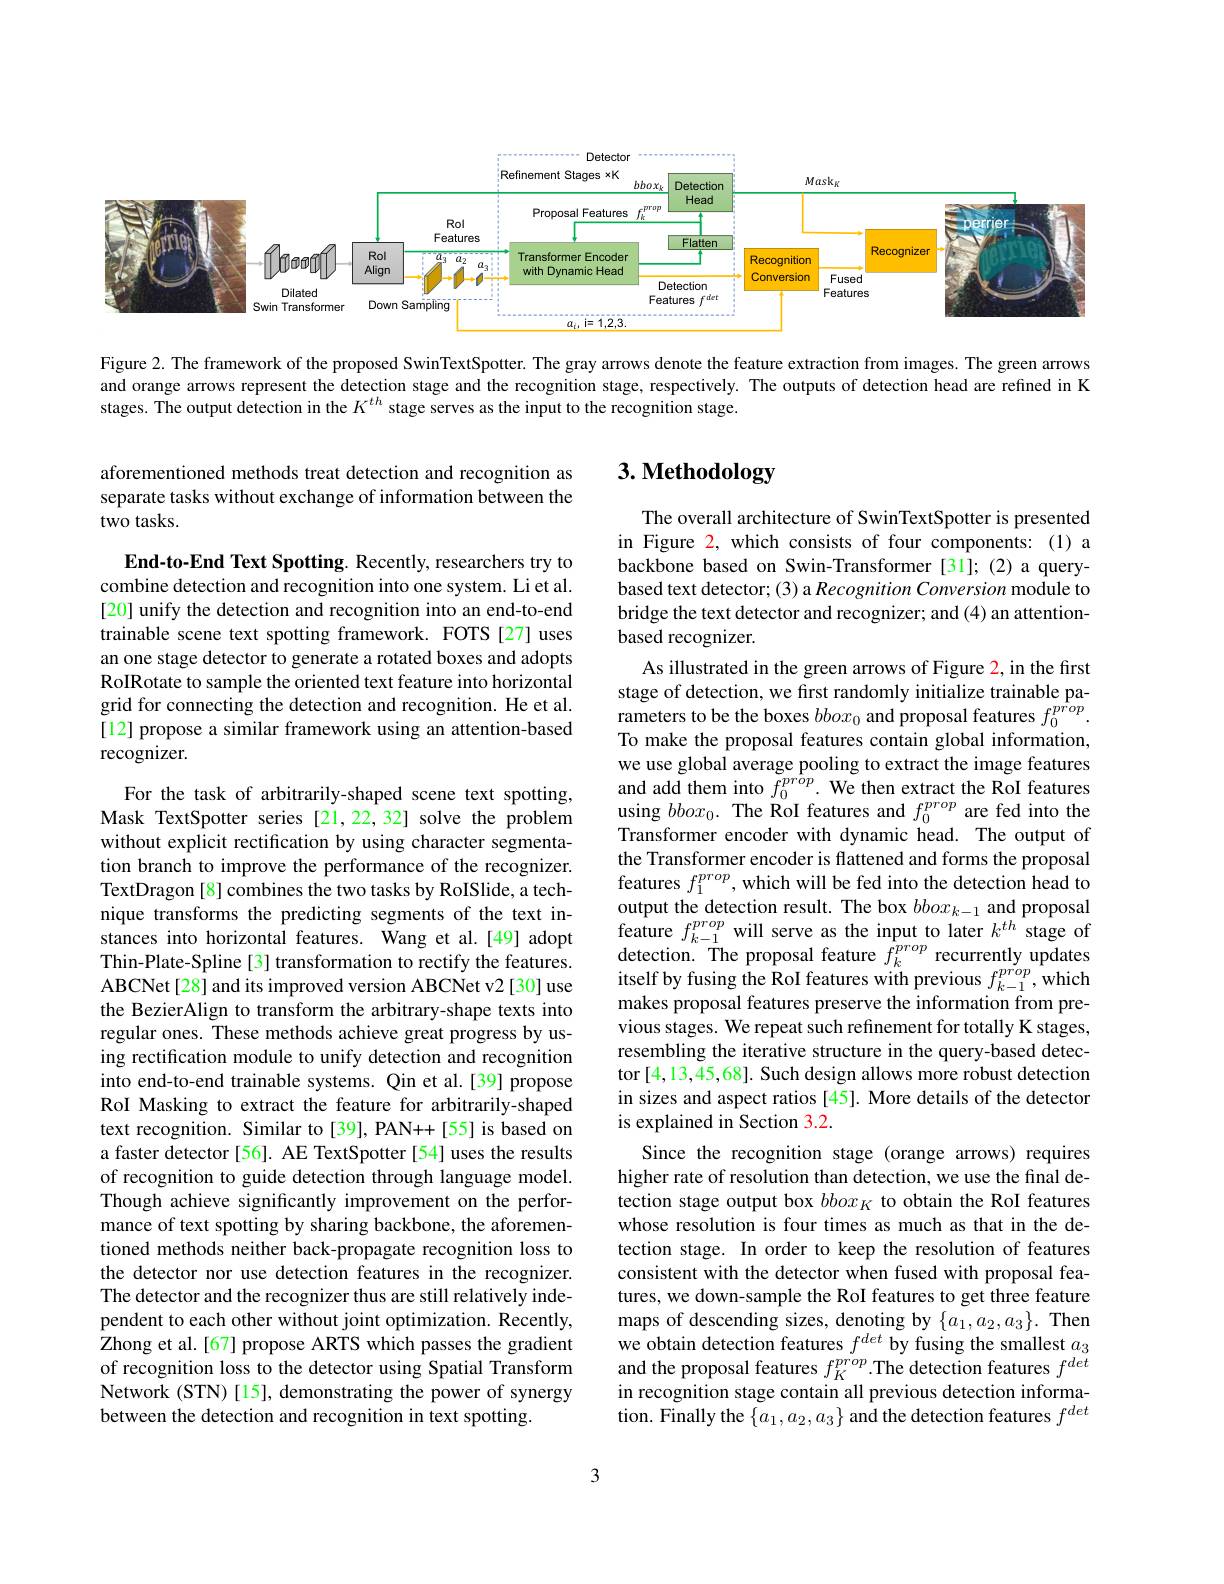
<FigureHere>

Figure 2. The framework of the proposed SwinTextSpotter. The gray arrows denote the feature extraction from images. The green arrows and orange arrows represent the detection stage and the recognition stage, respectively. The outputs of detection head are refined in K stages. The output detection in the $K^{th}$ stage serves as the input to the recognition stage.

# 3. Methodology

aforementioned methods treat detection and recognition as separate tasks without exchange of information between the two tasks.

End-to-End Text Spotting. Recently, researchers try to combine detection and recognition into one system. Li et al. [20] unify the detection and recognition into an end-to-end trainable scene text spotting framework. FOTS [27] uses an one stage detector to generate a rotated boxes and adopts RoIRotate to sample the oriented text feature into horizontal grid for connecting the detection and recognition. He et al. [12] propose a similar framework using an attention-based recognizer.

The overall architecture of SwinTextSpotter is presented in Figure 2, which consists of four components:(1) a backbone based on Swin-Transformer [31]; (2) a querybased text detector; (3) a Recognition Conversion module to bridge the text detector and recognizer; and (4) an attentionbased recognizer.
As illustrated in the green arrows of Figure 2, in the first stage of detection, we first randomly initialize trainable parameters to be the boxes $bbox_0$ and proposal features $f_0^{prop}.$ To make the proposal features contain global information, we use global average pooling to extract the image features and add them into $\tilde{f}_{0}^{pr\hat{o}p}.$ We then extract the RoI features using $bbox_0.$ The RoI features and $f_0^{prop}$ are fed into the Transformer encoder with dynamic head. The output of the Transformer encoder is flattened and forms the proposal features $f_1^{prop}$, which will be fed into the detection head to output the detection result. The box $bbox_{k-1}$ and proposal feature $f_k-1^{prop}$ will serve as the input to later $k^th$ stage of $\begin{array}{l}{\mathrm{detection.~The~proposal~feature~}f_{k}^{prop}}&{\mathrm{recurrently~updates}}\\{\mathrm{itself~by~fusing~the~RoI~features~with~previous~}f_{k-1}^{prop},\mathrm{which}}\end{array}$ makes proposal features preserve the information from previous stages. We repeat such refinement for totally K stages, resembling the iterative structure in the query-based detector [4,13,45,68]. Such design allows more robust detection in sizes and aspect ratios [45]. More details of the detector is explained in Section 3.2.
Since the recognition stage (orange arrows) requires higher rate of resolution than detection, we use the final detection stage output box $bbox_K$ to obtain the RoI features whose resolution is four times as much as that in the detection stage. In order to keep the resolution of features consistent with the detector when fused with proposal features, we down-sample the RoI features to get three feature maps of descending sizes, denoting by $\{a_1,a_2,a_3\}.$ Then we obtain detection features $f^{det}$ by fusing the smallest $a_3$ and the proposal features $f_K^{prop}$.The detection features $f^{det}$ in recognition stage contain all previous detection information. Finally the $\{a_1,a_2,a_3\}$ and the detection features $f^det$

For the task of arbitrarily-shaped scene text spotting, Mask TextSpotter series [21,22,32] solve the problem without explicit rectification by using character segmentation branch to improve the performance of the recognizer. TextDragon [8] combines the two tasks by RoISlide, a technique transforms the predicting segments of the text instances into horizontal features. Wang et al.[49] adopt Thin-Plate-Spline[3] transformation to rectify the features. ABCNet[28] and its improved version ABCNet v2 [30] use the BezierAlign to transform the arbitrary-shape texts into regular ones. These methods achieve great progress by using rectification module to unify detection and recognition into end-to-end trainable systems. Qin et al.[39] propose RoI Masking to extract the feature for arbitrarily-shaped text recognition. Similar to [39], PAN++[55] is based on a faster detector [56]. AE TextSpotter [54] uses the results of recognition to guide detection through language model. Though achieve significantly improvement on the performance of text spotting by sharing backbone, the aforementioned methods neither back-propagate recognition loss to the detector nor use detection features in the recognizer. The detector and the recognizer thus are still relatively independent to each other without joint optimization. Recently, Zhong et al.[67] propose ARTS which passes the gradient of recognition loss to the detector using Spatial Transform Network (STN)[15], demonstrating the power of synergy between the detection and recognition in text spotting.

3